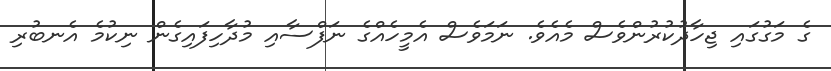
ގެ މަގުގައި ޖިހާދުކުރުންވެސް މެއެވެ. ނަމަވެސް އެމީހެއްގެ ނަފްސާއި މުދާހިފައިގެން ނިކުމެ އެނބުރި